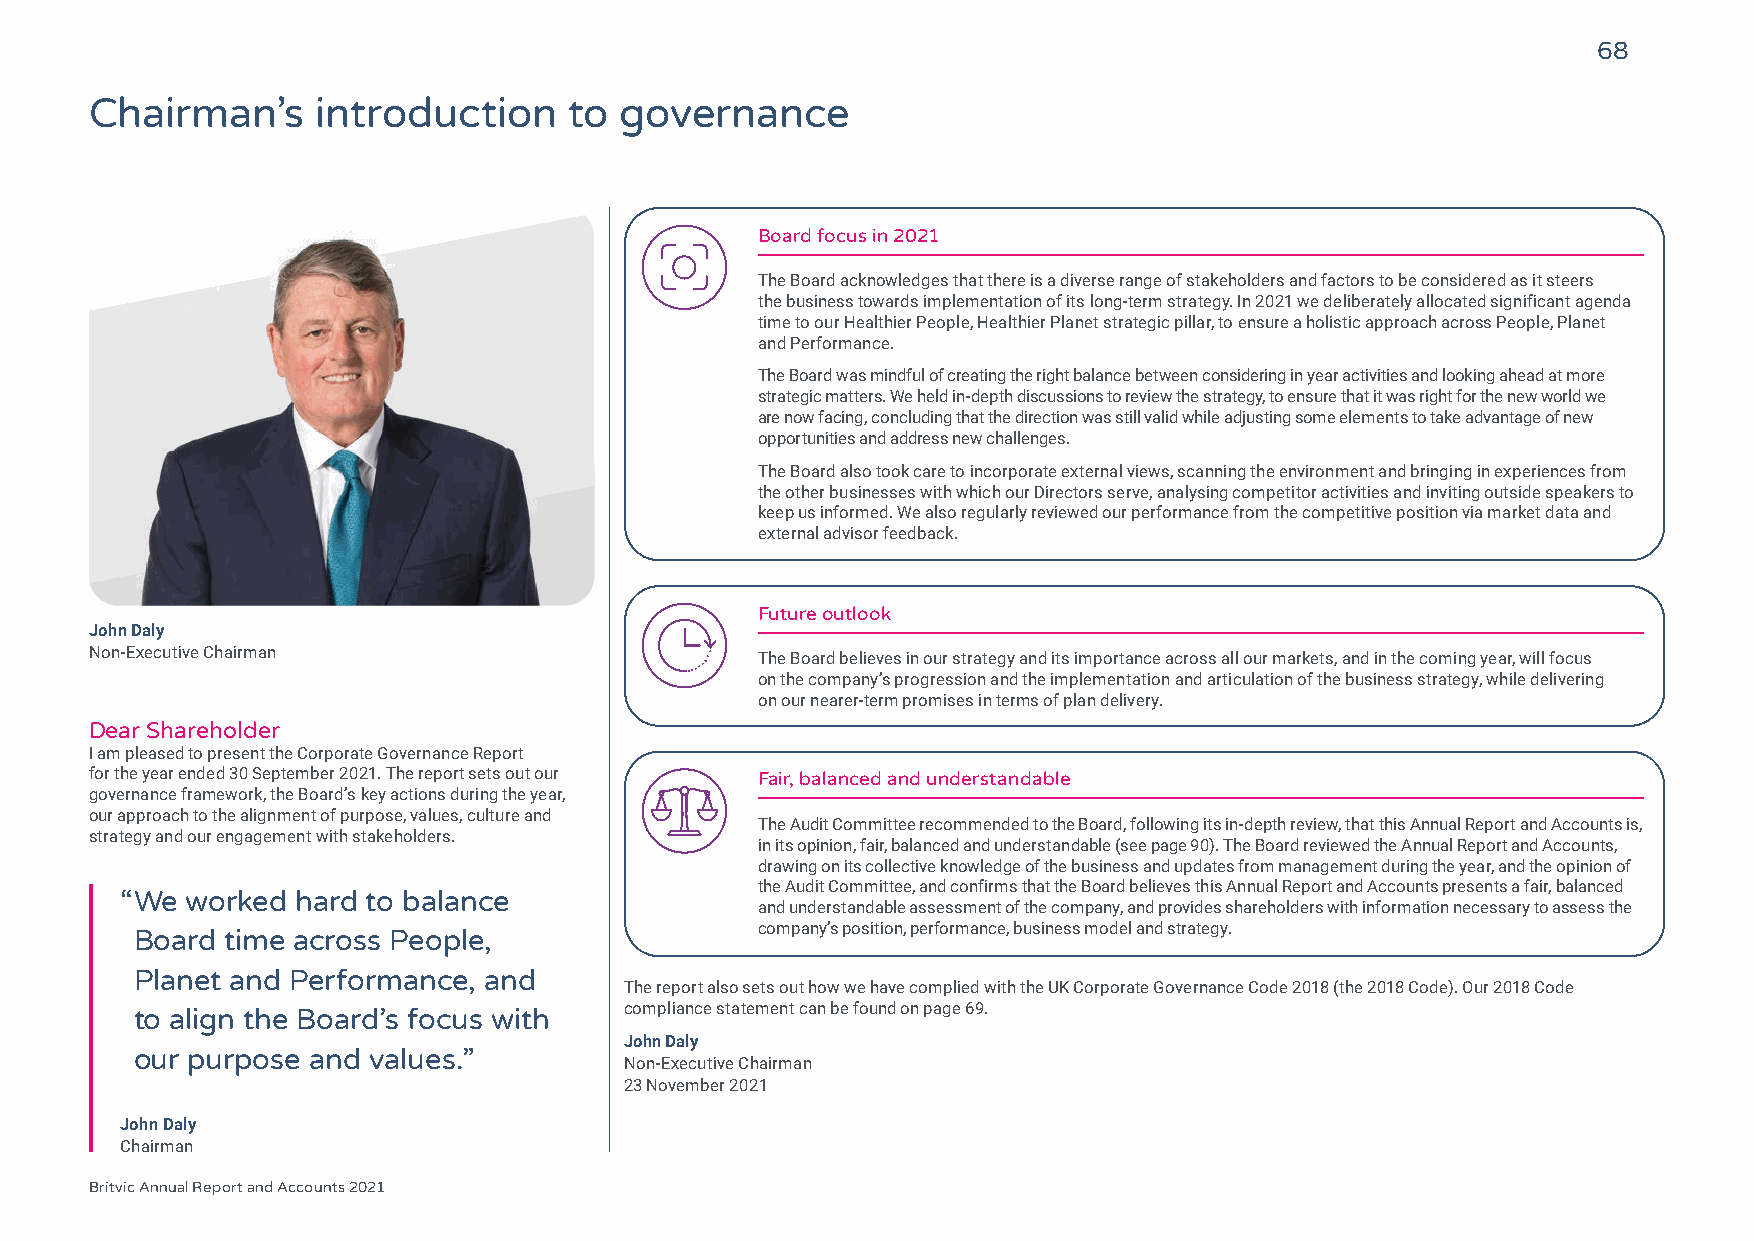
68
 Chairman’s     introduction     to governance
 Board focus in 2021
 The Board acknowledges that there is a diverse range of stakeholders and factors to be considered as it steers
 the business towards implementation of its long-term strategy. In 2021 we deliberately allocated significant agenda
 time to our Healthier People, Healthier Planet strategic pillar, to ensure a holistic approach across People, Planet
 and Performance.
 The Board was mindful of creating the right balance between considering in year activities and looking ahead at more
 strategic matters. We held in-depth discussions to review the strategy, to ensure that it was right for the new world we
 are now facing, concluding that the direction was still valid while adjusting some elements to take advantage of new
 opportunities and address new challenges.
 The Board also took care to incorporate external views, scanning the environment and bringing in experiences from
 the other businesses with which our Directors serve, analysing competitor activities and inviting outside speakers to
 keep us informed. We also regularly reviewed our performance from the competitive position via market data and
 external advisor feedback.
 Future outlook
 John Daly
 Non-Executive Chairman
 The Board believes in our strategy and its importance across all our markets, and in the coming year, will focus
 on the company’s progression and the implementation and articulation of the business strategy, while delivering
 on our nearer-term promises in terms of plan delivery.
 Dear Shareholder
 I am pleased to present the Corporate Governance Report
 for the year ended 30 September 2021. The report sets out our Fair, balanced and understandable
 governance framework, the Board’s key actions during the year,
 our approach to the alignment of purpose, values, culture and
 The Audit Committee recommended to the Board, following its in-depth review, that this Annual Report and Accounts is,
 strategy and our engagement with stakeholders.
 in its opinion, fair, balanced and understandable (see page 90). The Board reviewed the Annual Report and Accounts,
 drawing on its collective knowledge of the business and updates from management during the year, and the opinion of
 the Audit Committee, and confirms that the Board believes this Annual Report and Accounts presents a fair, balanced
 “ We worked hard to balance
 and understandable assessment of the company, and provides shareholders with information necessary to assess the
 company’s position, performance, business model and strategy.
 Board time across People,
 Planet and Performance, and
 The report also sets out how we have complied with the UK Corporate Governance Code 2018 (the 2018 Code). Our 2018 Code
 compliance statement can be found on page 69.
 to align the Board’s focus with
 John Daly
 our purpose and values.”
 Non-Executive Chairman
 23 November 2021
 John Daly
 Chairman
 Britvic Annual Report and Accounts 2021